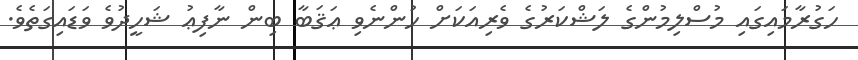
ހަގުރާމައިގައި މުސްލިމުންގެ ލަޝްކަރުގެ ވެރިއަކަށް ހުންނެވި ޢަޤަބާ ބިން ނާފިޢު ޝަހީދުވެ ވަޑައިގަތެވެ.